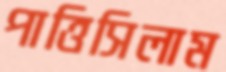
পাত্তিসিলাম